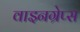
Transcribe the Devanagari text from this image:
वाइनग्रेप्स